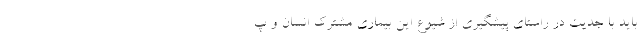
باید با جدیت در راستای پیشگیری از شیوع این بیماری مشترک انسان و پ